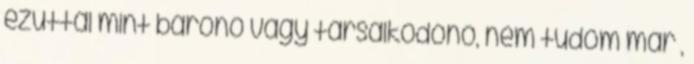
ezúttal mint bárónő vagy társalkodónő, nem tudom már ,